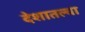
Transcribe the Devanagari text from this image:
देशातल्‍या